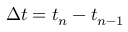
\Delta t = t _ { n } - t _ { n - 1 }